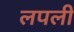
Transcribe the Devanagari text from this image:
लपली